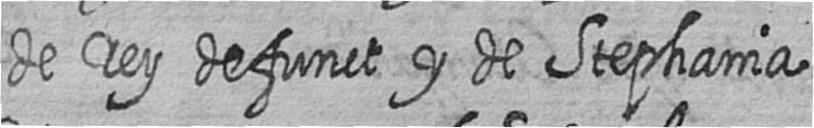
de rey defunct y de Stephania